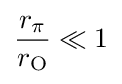
{\frac {r_{\pi }}{r_{\mathrm {O} }}}\ll 1